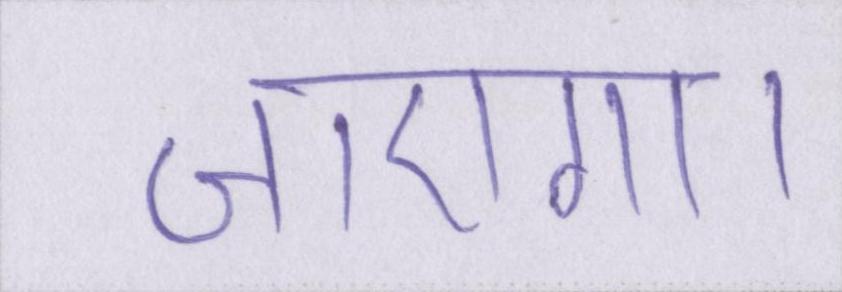
जाएगा।